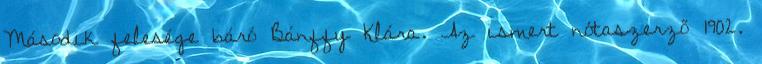
Második felesége báró Bánffy Klára. Az ismert nótaszerző 1902.